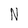
Character: N